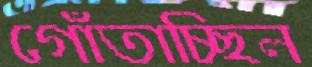
গোঁতাচ্ছিল